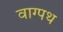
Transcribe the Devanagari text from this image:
वाग्पथ